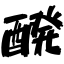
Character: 醗